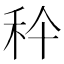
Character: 𥝺